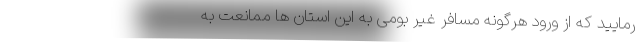
رمایید که از ورود هرگونه مسافر غیر بومی به این استان ها ممانعت به